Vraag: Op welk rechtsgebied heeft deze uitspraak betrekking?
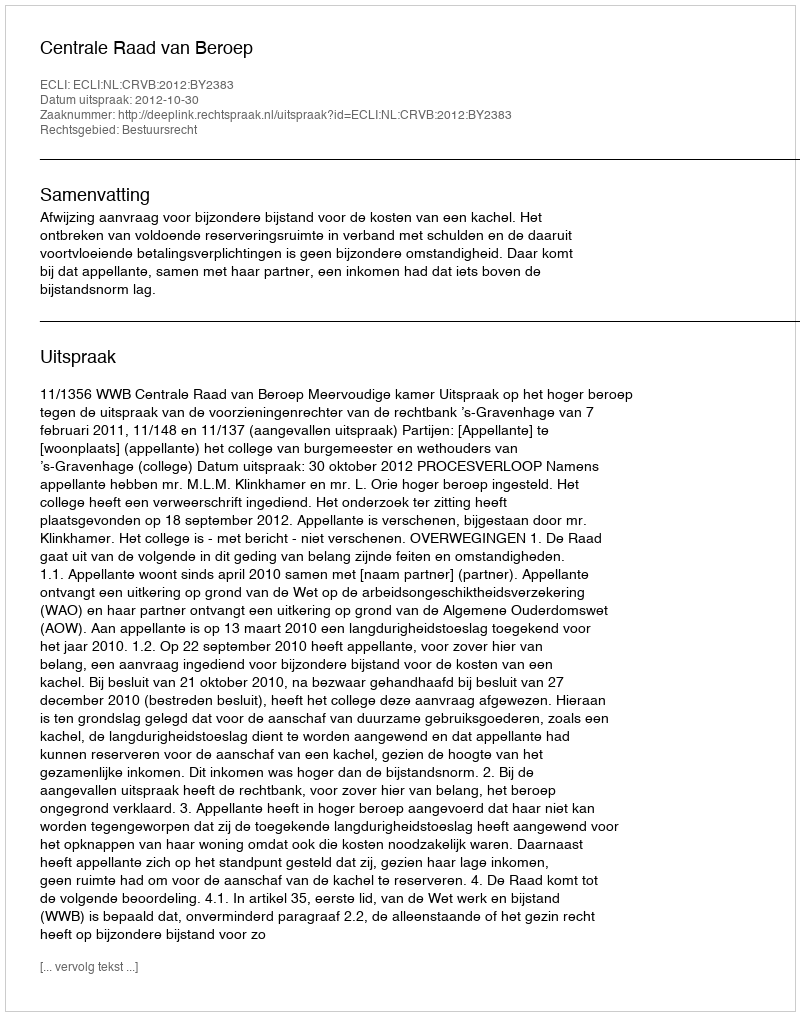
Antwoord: Bestuursrecht